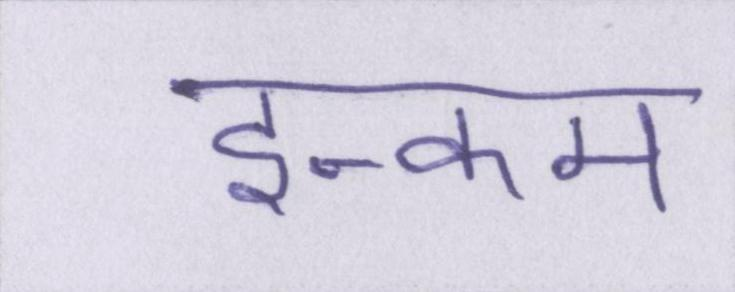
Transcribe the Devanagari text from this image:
इन्कम